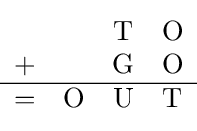
{\begin{matrix}&&{\text{T}}&{\text{O}}\\+&&{\text{G}}&{\text{O}}\\\hline =&{\text{O}}&{\text{U}}&{\text{T}}\\\end{matrix}}